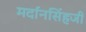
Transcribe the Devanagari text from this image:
मर्दानसिंहजी